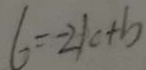
6 = - 2 1 c + b